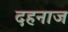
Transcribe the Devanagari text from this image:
दहनाज